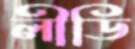
লীডি